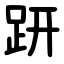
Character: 趼